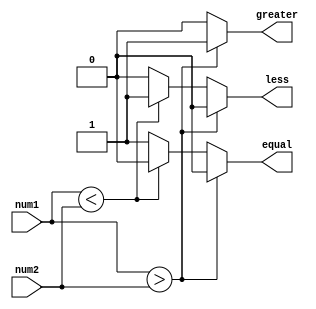
module magnitude_comparator (
    input signed [15:0] num1,
    input signed [15:0] num2,
    output reg greater,
    output reg less,
    output reg equal
);

always @(*) begin
    if (num1 > num2) begin
        greater = 1;
        less = 0;
        equal = 0;
    end else if (num1 < num2) begin
        greater = 0;
        less = 1;
        equal = 0;
    end else begin
        greater = 0;
        less = 0;
        equal = 1;
    end
end

endmodule